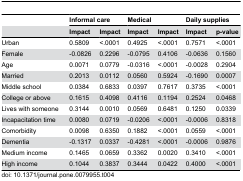
<table><thead><tr><td></td><td colspan="2"><b>Informal care</b></td><td colspan="2"><b>Medical</b></td><td colspan="2"><b>Daily supplies</b></td></tr><tr><td></td><td><b>Impact</b></td><td><b> Impact</b></td><td><b>Impact</b></td><td><b>Impact</b></td><td><b>Impact</b></td><td><b>p-value</b></td></tr></thead><tbody><tr><td>Urban</td><td>0.5809</td><td>&lt;.0001</td><td>0.4925</td><td>&lt;.0001</td><td>0.7571</td><td>&lt;.0001</td></tr><tr><td>Female</td><td>-0.0826</td><td>0.2296</td><td>-0.0795</td><td> 0.4106 </td><td>-0.0636</td><td>0.1560</td></tr><tr><td>Age</td><td>0.0071</td><td>0.0779</td><td>-0.0316</td><td>&lt;.0001</td><td>-0.0028</td><td>0.2904</td></tr><tr><td>Married</td><td>0.2013</td><td>0.0112</td><td>0.0560 </td><td>0.5924</td><td>-0.1690 </td><td>0.0007</td></tr><tr><td>Middle school </td><td>0.0384</td><td>0.6833</td><td>0.0397</td><td>0.7617</td><td>0.3735</td><td>&lt;.0001</td></tr><tr><td>College or above</td><td>0.1615</td><td>0.4098</td><td>0.4116</td><td>0.1194</td><td>0.2524</td><td>0.0468</td></tr><tr><td>Lives with someone</td><td>0.3144</td><td>0.0010</td><td>0.0569</td><td>0.6481</td><td>0.1250</td><td>0.0339</td></tr><tr><td>Incapacitation time</td><td>0.0080</td><td>0.0719</td><td>-0.0206 </td><td>&lt;.0001</td><td>-0.0006</td><td>0.8318</td></tr><tr><td>Comorbidity</td><td>0.0098</td><td>0.6350</td><td>0.1882</td><td>&lt;.0001</td><td>0.0559</td><td>&lt;.0001</td></tr><tr><td>Dementia</td><td>-0.1317</td><td>0.0337</td><td>-0.4281</td><td>&lt;.0001</td><td>-0.0006</td><td>0.9876</td></tr><tr><td>Medium income</td><td>0.1465</td><td>0.0659</td><td>0.3362</td><td>0.0020</td><td>0.3410 </td><td>&lt;.0001</td></tr><tr><td>High income </td><td>0.1044</td><td>0.3837</td><td>0.3444 </td><td>0.0422</td><td>0.4000 </td><td>&lt;.0001</td></tr></tbody></table>